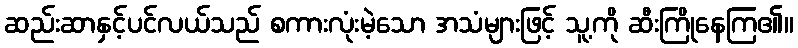
ဆည်းဆာနှင့်ပင်လယ်သည် စကားလုံးမဲ့သော အသံများဖြင့် သူ့ကို ဆီးကြိုနေကြ၏။